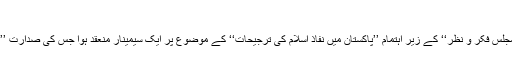
قومی مسائل » پاکستان میں نفاذ اسلام کی ترجیحات
۲۱ جنوری ۲۰۰۳ء کو ہمدرد سنٹر لٹن روڈ لاہور میں ’’مجلس فکر و نظر‘‘ کے زیر اہتمام ’’پاکستان میں نفاذ اسلام کی ترجیحات‘‘ کے موضوع پر ایک سیمینار منعقد ہوا جس کی صدارت ’’الشریعۃ‘‘ کے رئیس التحریر مولانا زاہد الراشدی نے کی۔